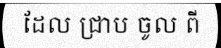
ដែល ជ្រាប ចូល ពី